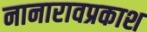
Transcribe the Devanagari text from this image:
नानारावप्रकाश